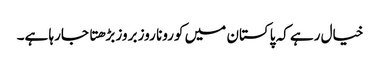
خیال رہے کہ پاکستان میں کورونا روز بروز بڑهتا جارہا ہے۔